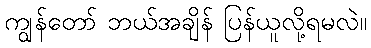
ကျွန်တော် ဘယ်အချိန် ပြန်ယူလို့ရမလဲ။